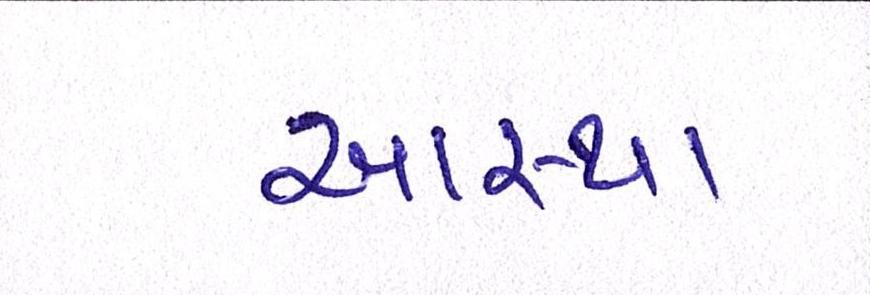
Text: આસ્થા